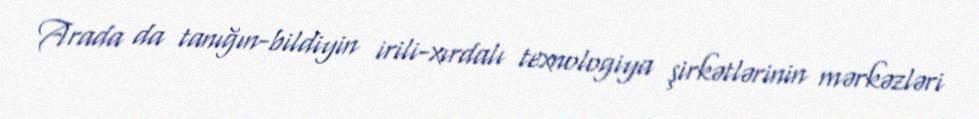
Arada da tanığın-bildiyin irili-xırdalı texnologiya şirkətlərinin mərkəzləri